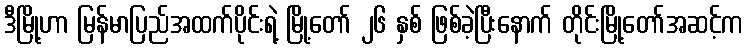
ဒီမြို့ဟာ မြန်မာပြည်အထက်ပိုင်းရဲ့ မြို့တော် ၂၆ နှစ် ဖြစ်ခဲ့ပြီးနောက် တိုင်းမြို့တော်အဆင့်က